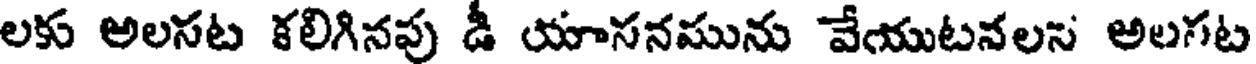
లకు అలసట కలిగినపు డీ యాసనమును వేయుటనలస అలగట